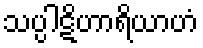
သပ္ပါဋိဟာရိယာဟံ